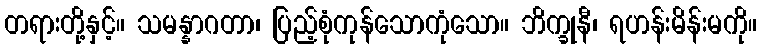
တရားတို့နှင့်။ သမန္နာဂတာ၊ ပြည့်စုံကုန်သောကုံသော။ ဘိက္ခုနီ၊ ရဟန်းမိန်းမကို။